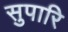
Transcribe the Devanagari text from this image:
सुपारि